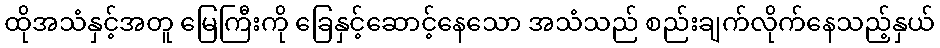
ထိုအသံနှင့်အတူ မြေကြီးကို ခြေနှင့်ဆောင့်နေသော အသံသည် စည်းချက်လိုက်နေသည့်နှယ်